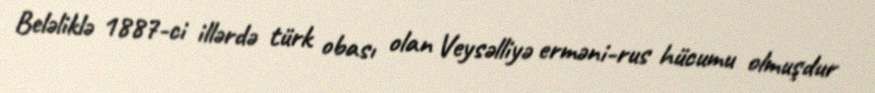
Beləliklə 1887-ci illərdə türk obası olan Veysəlliyə erməni-rus hücumu olmuşdur